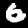
Label: 6